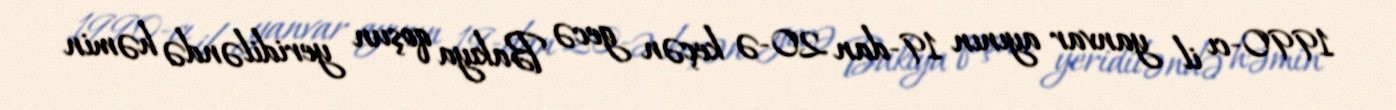
1990-cı il yanvar ayının 19-dan 20-ə keçən gecə Bakıya qoşun yeridiləndə həmin